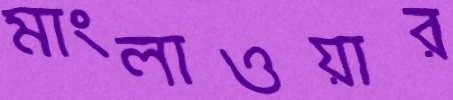
মাংলাওয়ার